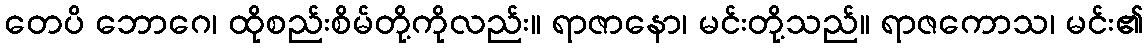
တေပိ ဘောဂေ၊ ထိုစည်းစိမ်တို့ကိုလည်း။ ရာဇာနော၊ မင်းတို့သည်။ ရာဇကောသ၊ မင်း၏